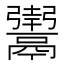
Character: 𬴸